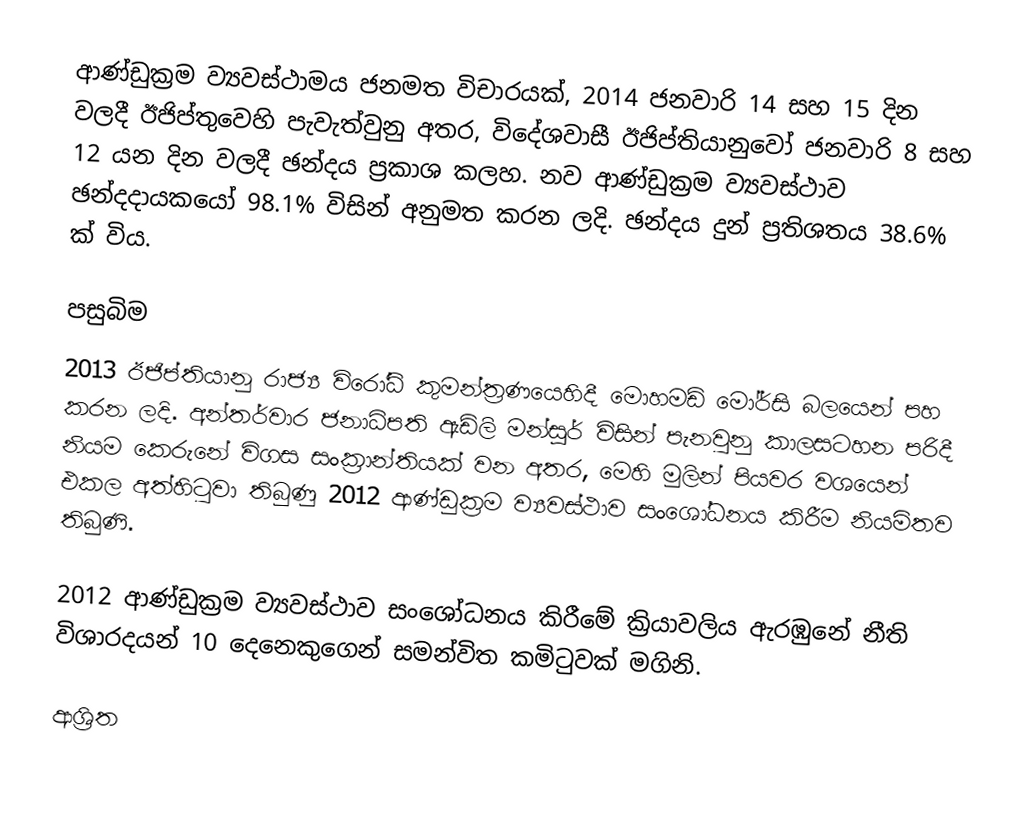
ආණ්ඩුක්‍රම ව්‍යවස්ථාමය ජනමත විචාරයක්, 2014 ජනවාරි 14 සහ 15 දින වලදී ඊජිප්තුවෙහි පැවැත්වුනු අතර, විදේශවාසී  ඊජිප්තියානුවෝ ජනවාරි 8 සහ 12 යන දින වලදී  ඡන්දය ප්‍රකාශ කලහ. නව ආණ්ඩුක්‍රම ව්‍යවස්ථාව ඡන්දදායකයෝ 98.1% විසින් අනුමත කරන ලදි. ඡන්දය දුන් ප්‍රතිශතය 38.6% ක් විය.

පසුබිම
 2013 ඊජිප්තියානු රාජ්‍ය විරෝධි කුමන්ත්‍රණයෙහිදී මොහමඩ් මෝර්සි බලයෙන් පහ කරන ලදි. අන්තර්වාර ජනාධිපති ඇඩ්ලි මන්සූර් විසින් පැනවුනු කාලසටහන  පරිදී නියම කෙරුනේ විගස සංක්‍රාන්තියක් වන අතර, මෙහි මුලින්  පියවර වශයෙන් එකල අත්හිටුවා තිබුණු   2012 ආණ්ඩුක්‍රම ව්‍යවස්ථාව සංශෝධනය කිරීම නියමිතව තිබුණි.

2012 ආණ්ඩුක්‍රම ව්‍යවස්ථාව සංශෝධනය කිරීමේ ක්‍රියාවලිය ඇරඹුනේ නීති විශාරදයන් 10 දෙනෙකුගෙන් සමන්විත කමිටුවක් මගිනි.

ආශ්‍රිත